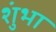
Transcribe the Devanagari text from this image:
शुंभा